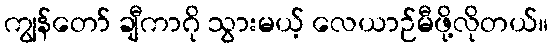
ကျွန်တော် ချီကာဂို သွားမယ့် လေယာဉ်မီဖို့လိုတယ်။